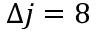
\Delta j = 8